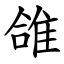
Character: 䧻